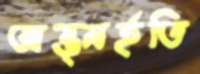
অন্ত্মর্হতি